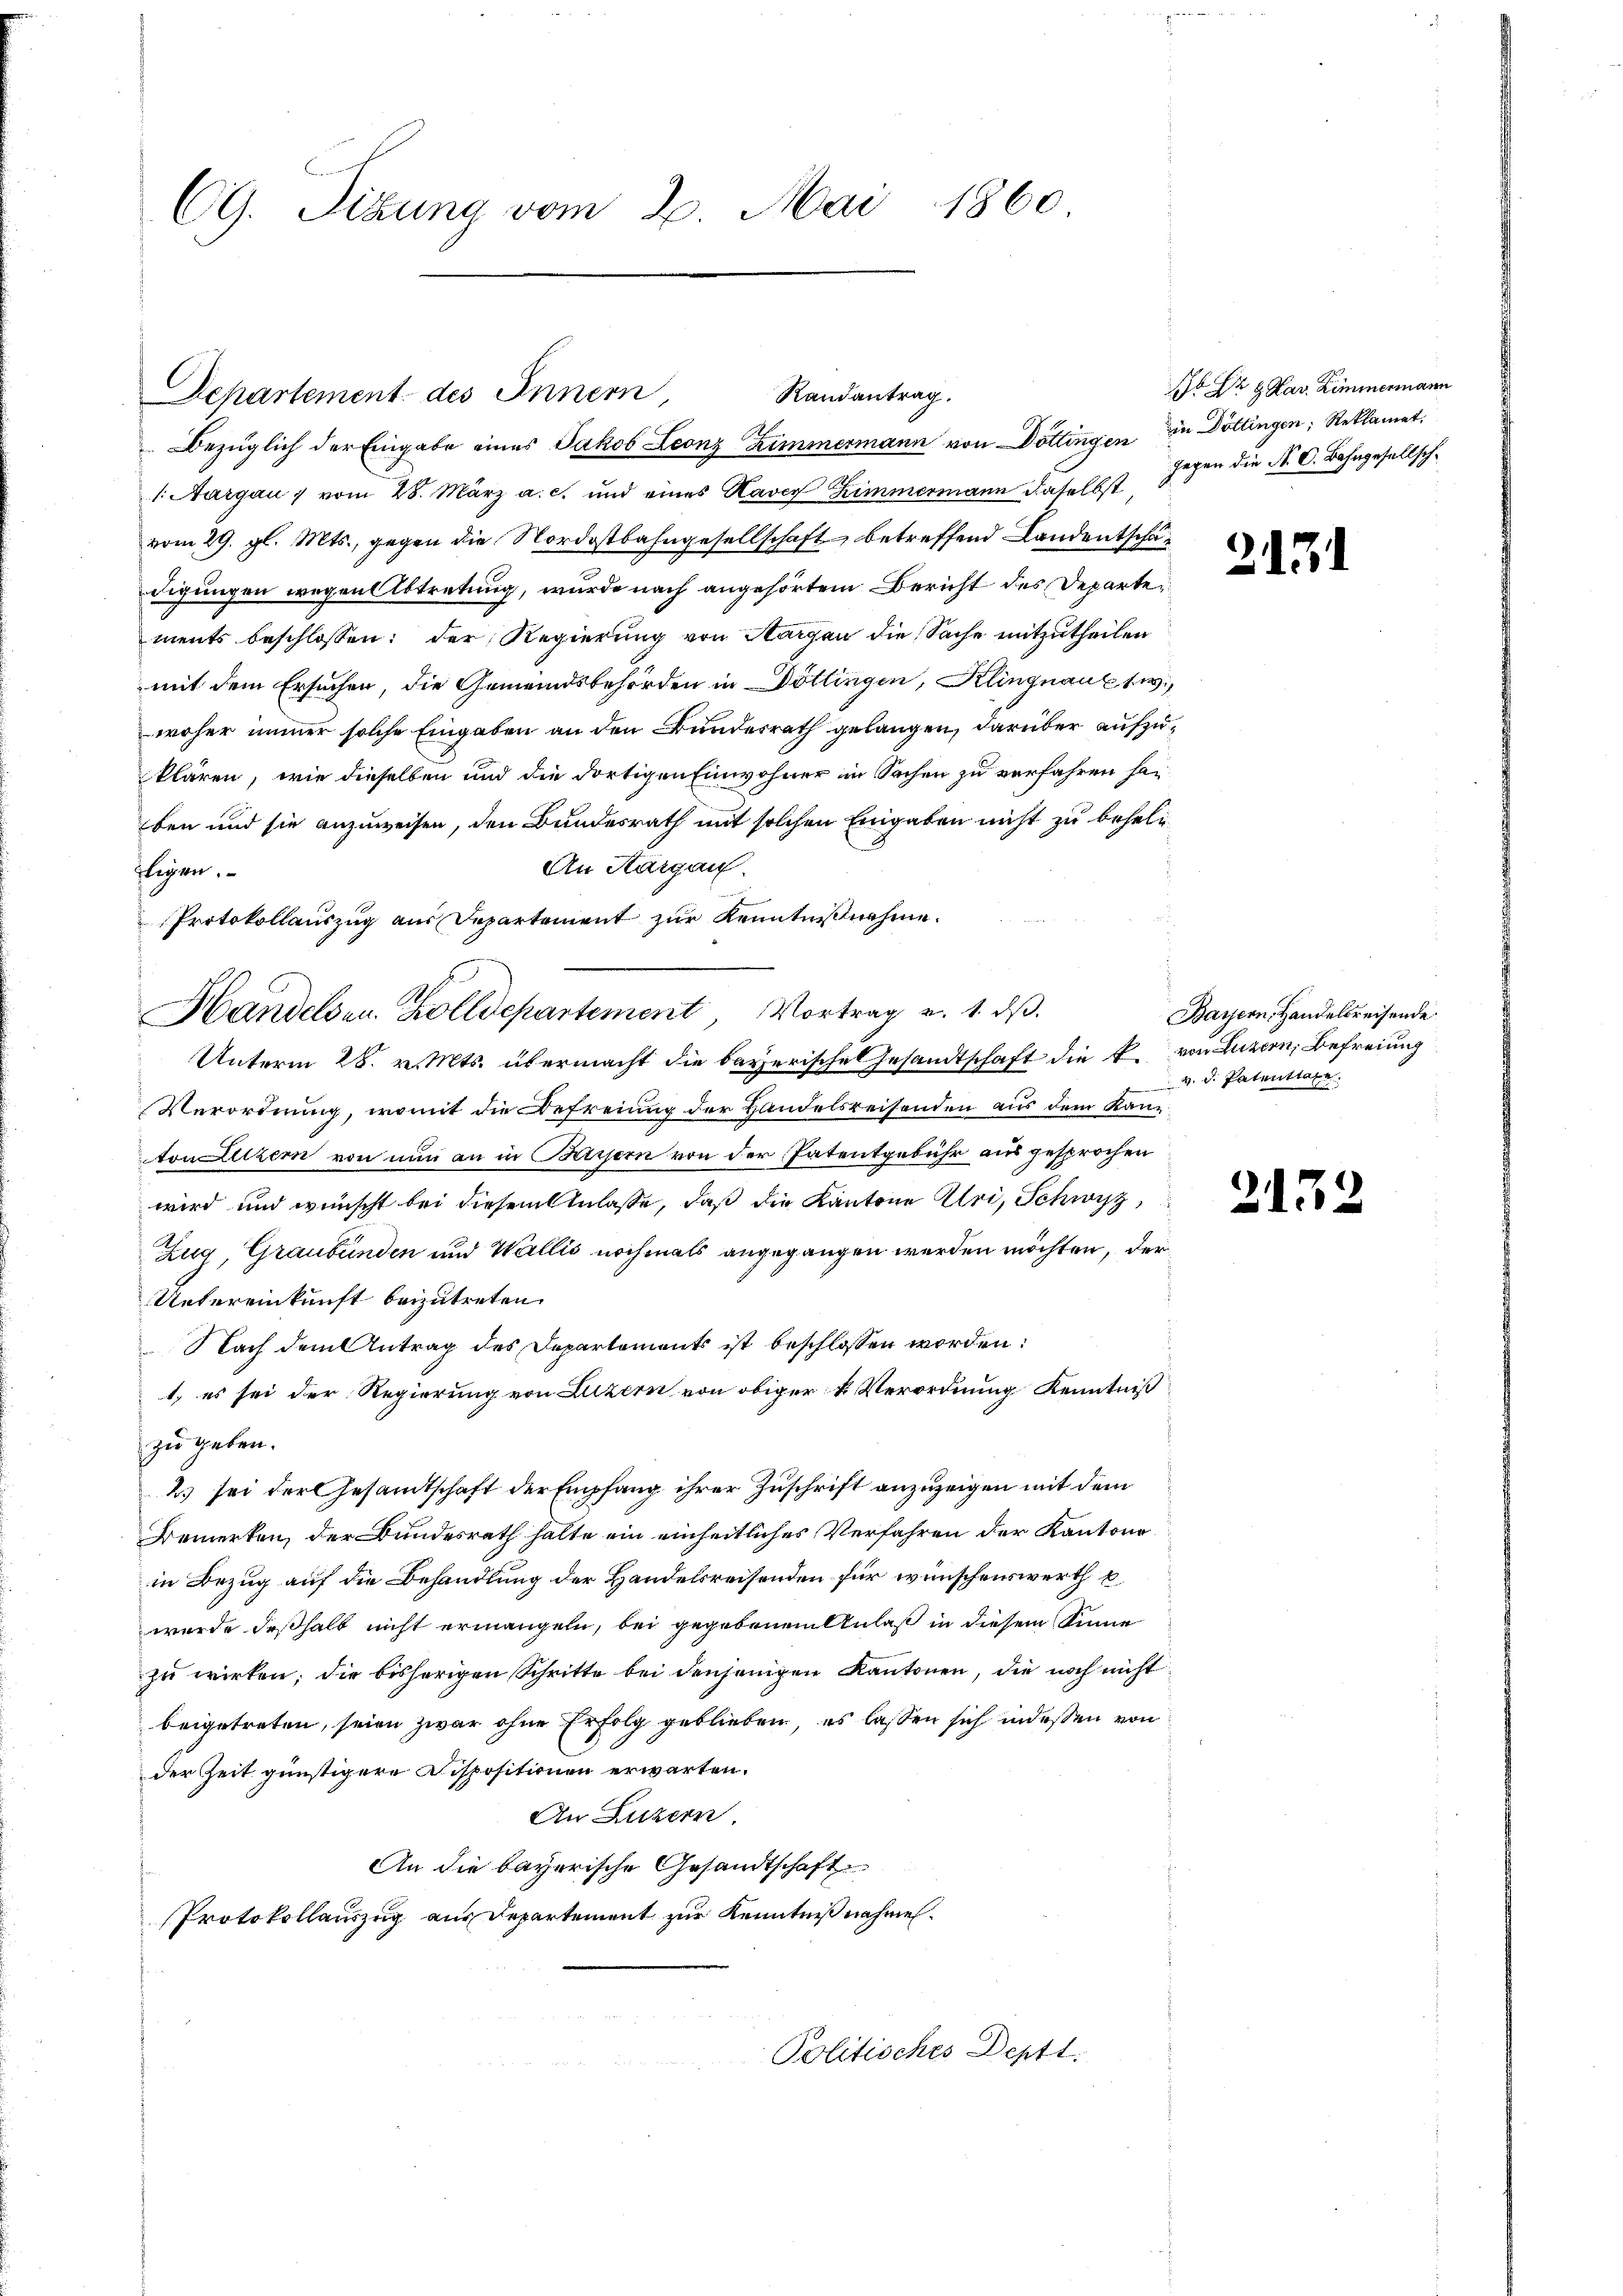
CG. Sitzung vom 2. Mai 1860

Departement des Innern
1: Aargau 1 vom 28. März a. c. und eines Raver Zimmermann daselbst
vom 29. gl. Mts., gegen die Nordostbahngesellschaft betreffend Landentschädigungen wegen Abtretung, wurde nach angehörtem Bericht des Departements beschlossen: der Regierung von Sargen die Sache mitzutheilen
mit dem Ersuchen, die Gemeindsbehörden in Döttingen, Klingnauksw
woher immer solche Eingaben an den Bundesrath gelangen, darüber aufzuklären, wie dieselben und die dortigen Einwohner in Sachen zu verfahren haben und sie anzuweisen, den Bundesrath mit solchen Eingaben nicht zu beheli
An Aargau.
fligen.
Unterm 28. v. Mts. übermacht die bayerischen Gesandtschaft die k.
Verordnung, womit die Befreiung der Handelsreisenden aus dem Kanton Luzern von nun an in Bayern von der Patentgebühr aus gesprochen
wird und wünscht bei diesem Anlasse, daß die Kantone Klei, Schwyz,
Zug, Graubünden und Wallis nochmals angegangen werden möchten, der
Untereinkunft beizutreten.
Nach dem Antrag des Departements ist beschlossen worden:
1, es sei der Regierung von Luzern von obiger k. Verordnung Kenntniß
zu geben.
2) sei der Gesandtschaft der Empfang ihrer Zuschrift anzuzeigen mit dem
Bemerken, der Bundesrath halte ein einheitliches Verfahren der Kantons
in Bezug auf die Behandlung der Handelsreisenden für wünschenswerth u
wurde deßhalb nicht ermangeln, bei gegebenen Anlaß in diesem Sinne
zu wirken; die bisherigen Schritte bei denjenigen Kantonen, die noch nicht
beigetreten, seien zwar ohne Erfolg geblieben, es lassen sich indessen von
der Zeit günstigere Dispositionen erwarten.
An Luzern,
An die bayerische Gesandtschaft
Protokollauszug aus Departement zur Kenntniß nahmen¬
Politisches Deptt.

Randantrag.
Bezüglich der Eingabe eines Jakob Leonz Zimmermann von Döttingen in Döttingen, Reklamat

Protokollauszug aus Departement zur Kenntnißnahme.
Handelsen Zolldepartement, Vortrag v. 1. dβ.

t Dr G. Sav. Zimmermann
gegen die N. O. Bahngesellsch¬

2171

Bayern, Handelsreisende
von Luzern, Befreiung
v. d. Patentate

213